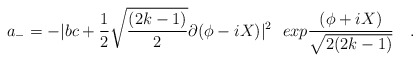
\begin{align*}a_- = -|bc + {1\over2}\sqrt{{(2k-1)}\over{2}}\partial(\phi - iX)|^2{}~~exp{{(\phi + iX)}\over {\sqrt{2(2k-1)}}}\quad.\end{align*}